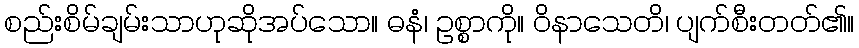
စည်းစိမ်ချမ်းသာဟုဆိုအပ်သော။ ဓနံ၊ ဥစ္စာကို။ ဝိနာသေတိ၊ ပျက်စီးတတ်၏။